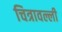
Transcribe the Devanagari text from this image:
चित्रावल्ली